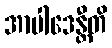
အာပါဒေန္တီတိ